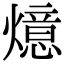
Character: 燱